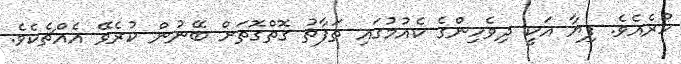
ހުރެއެވެ. ފިޔާ އަކީ ދިވެހިންގެ ކެއުމުގައި ތަފާތު ގޮތްގޮތަށް ބޭނުން ކުރެވޭ އެއްޗެކެވެ.